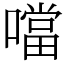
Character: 噹